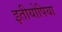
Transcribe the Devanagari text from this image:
इतीयोपिया